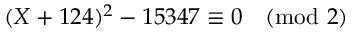
( X + 1 2 4 ) ^ { 2 } - 1 5 3 4 7 \equiv 0 { \pmod { 2 } }